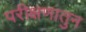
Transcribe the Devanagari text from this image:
परीक्षणातुन